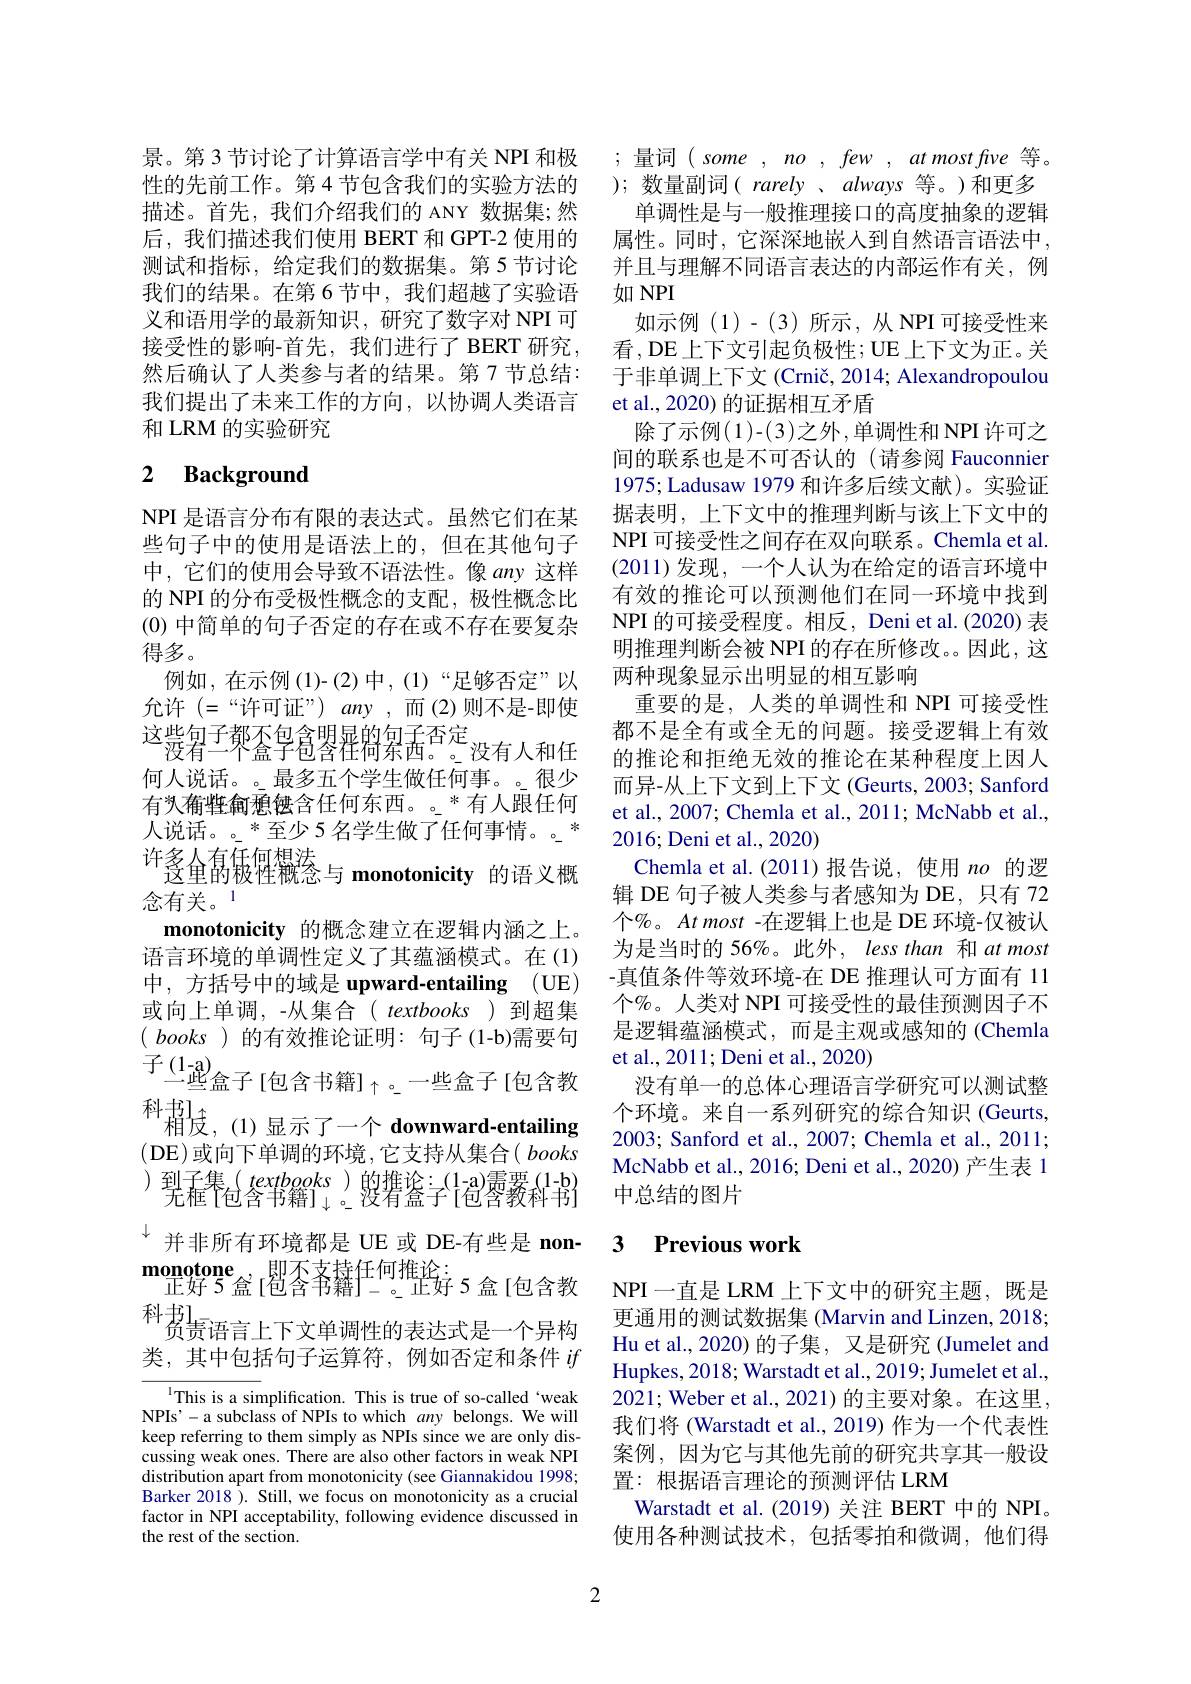
景。第 3 节讨论了计算语言学中有关 NPI 和极性的先前工作。第4节包含我们的实验方法的描述。首先，我们介绍我们的 ANY 数据集；然后，我们描述我们使用 BERT 和 GPT-2 使用的测试和指标，给定我们的数据集。第5节讨论我们的结果。在第 6 节中，我们超越了实验语义和语用学的最新知识，研究了数字对 NPI 可接受性的影响-首先，我们进行了 BERT 研究， 然后确认了人类参与者的结果。第7节总结： 我们提出了未来工作的方向，以协调人类语言和 LRM 的实验研究

# 2 Background

NPI 是语言分布有限的表达式。虽然它们在某些句子中的使用是语法上的，但在其他句子中，它们的使用会导致不语法性。像 any 这样的 NPI 的分布受极性概念的支配，极性概念比(0)中简单的句子否定的存在或不存在要复杂得多。
例如，在示例(1)-(2)中，(1)“足够否定”以允许 (=“许可证”)$any$,而(2)则不是-即使$^{\text{这些包子都不包含理显的杂击}}$。没有人和任何人说话。。最多五个学生做任何事。。很少有汽有火有性角通使使含任何东西。。$^{*}$有人跟任何人说话。。$^*$至少 5名学生做了任何事情。。* 许多人有任何想法
$^{\text{“}}$受重的极性概念与 monotonicity 的语义概
念有关。1
monotonicity 的概念建立在逻辑内涵之上。语言环境的单调性定义了其蕴涵模式。在(1) 中，方括号中的域是 upward-entailing (UE) 或向上单调，-从集合( textbooks ) 到超集$( \textit{ books ) 的 有 效 推 论 证 明 : 句 子 ( 1- b) 需 要 句 }$ $子(1-a)$
$\overset{(1)}{\operatorname*{\operatorname*{\operatorname*{\rightharpoonup}}}}$些盒子[包含书籍$]_\uparrow$。一些盒子[包含教$\underset{\text{先框}}{\operatorname*{\operatorname*{\text{包含书籍}}}}^{(\text{ textbooks)}}{\operatorname*{\operatorname*{\text{的推论：}}}}_{\text{设有盒子}}^{(1-\text{a)需要}(1-\text{b})}$
$^{\downarrow}$并非所有环境都是 UE 或 DE-有些是 non- $\mathrm{monotone}_{\text{正好 5盒 }[\text{雹含帮籍}]-\text{。正好 5 盒}[\text{包含教}]}^{\mathrm{monotone}}$ 科书L
$^{\prime}\bar{\text{负责语言上下文单调性的表达式是一个异构}}$ 类，其中包括句子运算符，例如否定和条件$if$ This is a simplification. This is true of so-called‘weak NPIs'-a subclass of NPIs to which any belongs. We will keep referring to them simply as NPIs since we are only dis-

cussing weak ones. There are also other factors in weak NPI distribution apart from monotonicity (see Giannakidou 1998; Barker 2018 ). Still, we focus on monotonicity as a crucial factor in NPI acceptability, following evidence discussed in the rest of the section.

2

;量词$(some,no,few,atmostfve$等。);数量副词( rarely 、always等。)和更多
单调性是与一般推理接口的高度抽象的逻辑属性。同时，它深深地嵌入到自然语言语法中， 并且与理解不同语言表达的内部运作有关，例如 NPI
如示例(1)-(3)所示，从NPI可接受性来看，DE上下文引起负极性；UE上下文为正。关于非单调上下文 (Crnič, 2014; Alexandropoulou et al., 2020) 的证据相互矛盾
除了示例(1)-(3)之外，单调性和 NPI 许可之间的联系也是不可否认的(请参阅 Fauconnier 1975; Ladusaw 1979 和许多后续文献)。实验证据表明，上下文中的推理判断与该上下文中的NPI 可接受性之间存在双向联系。Chemla et al. (2011)发现，一个人认为在给定的语言环境中有效的推论可以预测他们在同一环境中找到NPI 的可接受程度。相反，Deni et al. (2020) 表明推理判断会被 NPI 的存在所修改。因此，这两种现象显示出明显的相互影响
重要的是，人类的单调性和 NPI 可接受性都不是全有或全无的问题。接受逻辑上有效的推论和拒绝无效的推论在某种程度上因人而异-从上下文到上下文(Geurts, 2003; Sanford et al., 2007; Chemla et al., 2011; McNabb et al., 2016; Deni et al., 2020)
Chemla et al.(2011)报告说，使用$no$的逻辑 DE 句子被人类参与者感知为 DE, 只有 72个%。At most -在逻辑上也是 DE 环境-仅被认为是当时的 56%。此外，less than 和 at most -真值条件等效环境-在 DE 推理认可方面有 11个%。人类对 NPI 可接受性的最佳预测因子不是逻辑蕴涵模式，而是主观或感知的(Chemla et al., 2011; Deni et al., 2020)
没有单一的总体心理语言学研究可以测试整
McNabb et al., 2016; Deni et al., 2020) 产生表 1
中总结的图片

## 3 Previous work

NPI一直是 LRM 上下文中的研究主题，既是更通用的测试数据集 (Marvin and Linzen, 2018; Hu et al., 2020) 的子集，又是研究 (Jumelet and Hupkes, 2018; Warstadt et al., 2019; Jumelet et al., 2021; Weber et al., 2021) 的主要对象。在这里我们将 (Warstadt et al., 2019) 作为一个代表性案例，因为它与其他先前的研究共享其一般设置：根据语言理论的预测评估 LRM
Warstadt et al.(2019) 关注 BERT 中的 NPI。使用各种测试技术，包括零拍和微调，他们得